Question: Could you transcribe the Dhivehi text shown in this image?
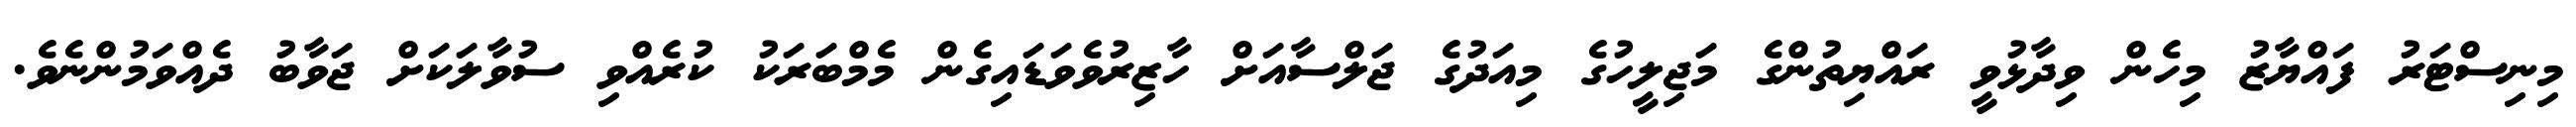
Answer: މިނިސްޓަރު ފައްޔާޒު މިހެން ވިދާޅުވީ ރައްޔިތުންގެ މަޖިލީހުގެ މިއަދުގެ ޖަލްސާއަށް ހާޒިރުވެވަޑައިގެން މެމްބަރަކު ކުރެއްވި ސުވާލަކަށް ޖަވާބު ދެއްވަމުންނެވެ.